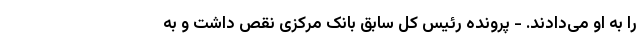
را به او می‌دادند. - پرونده رئیس کل سابق بانک مرکزی نقص داشت و به